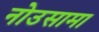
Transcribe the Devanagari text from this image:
नोउसामा